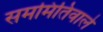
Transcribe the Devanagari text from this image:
सममितिवाले